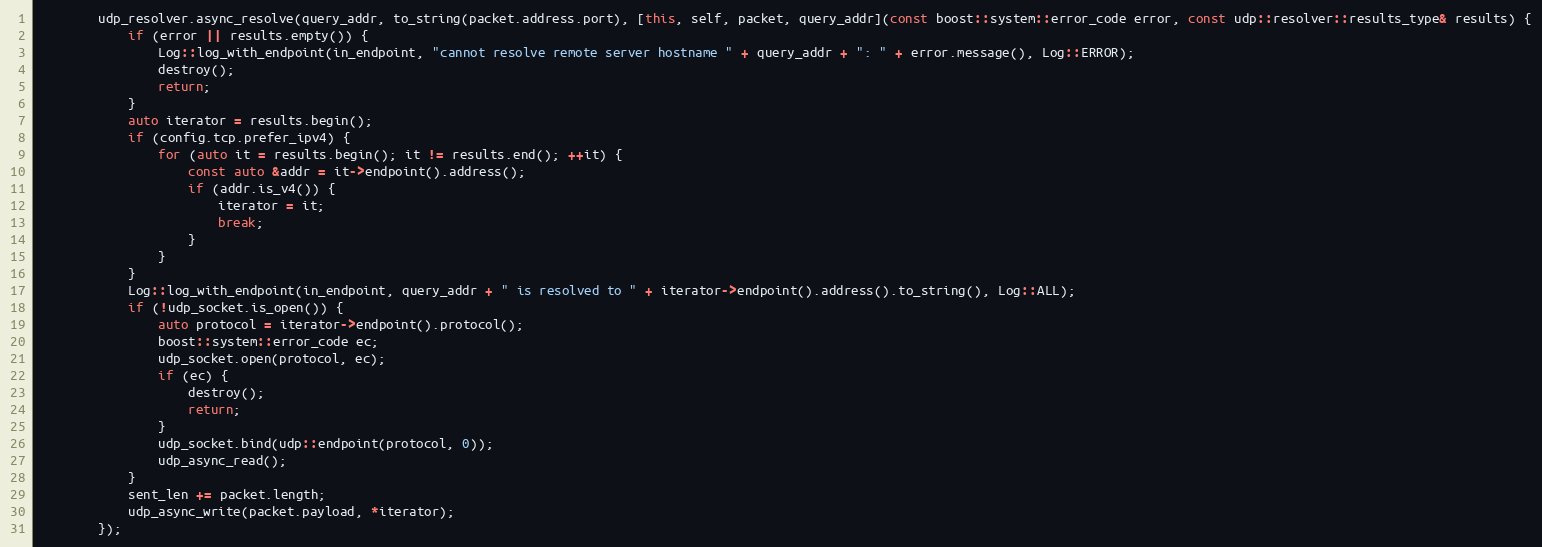
Language: C++
        udp_resolver.async_resolve(query_addr, to_string(packet.address.port), [this, self, packet, query_addr](const boost::system::error_code error, const udp::resolver::results_type& results) {
            if (error || results.empty()) {
                Log::log_with_endpoint(in_endpoint, "cannot resolve remote server hostname " + query_addr + ": " + error.message(), Log::ERROR);
                destroy();
                return;
            }
            auto iterator = results.begin();
            if (config.tcp.prefer_ipv4) {
                for (auto it = results.begin(); it != results.end(); ++it) {
                    const auto &addr = it->endpoint().address();
                    if (addr.is_v4()) {
                        iterator = it;
                        break;
                    }
                }
            }
            Log::log_with_endpoint(in_endpoint, query_addr + " is resolved to " + iterator->endpoint().address().to_string(), Log::ALL);
            if (!udp_socket.is_open()) {
                auto protocol = iterator->endpoint().protocol();
                boost::system::error_code ec;
                udp_socket.open(protocol, ec);
                if (ec) {
                    destroy();
                    return;
                }
                udp_socket.bind(udp::endpoint(protocol, 0));
                udp_async_read();
            }
            sent_len += packet.length;
            udp_async_write(packet.payload, *iterator);
        });